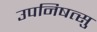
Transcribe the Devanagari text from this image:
उपनिषत्सु